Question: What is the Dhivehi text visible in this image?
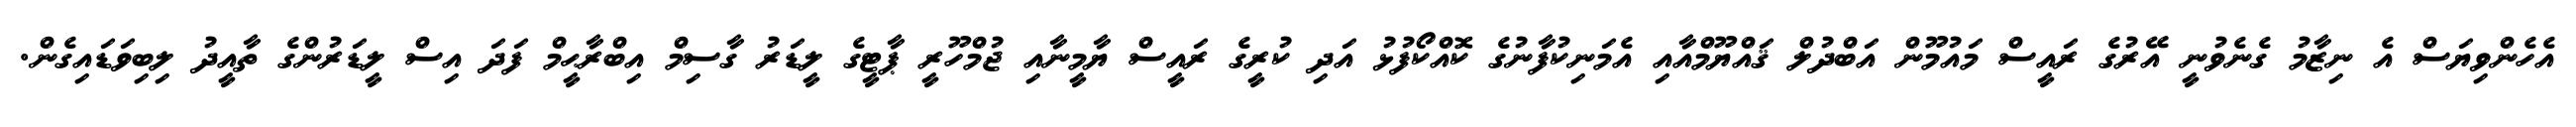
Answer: އެހެންވިޔަސް އެ ނިޒާމު ގެނެވުނީ އޭރުގެ ރައީސް މައުމޫން އަބްދުލް ޤައްޔޫމްއާއި އެމަނިކުފާނުގެ ކޮއްކޯފުޅު އަދި ކުރީގެ ރައީސް ޔާމީނާއި ޖުމްހޫރީ ޕާޓީގެ ލީޑަރު ގާސިމް އިބްރާޙީމް ފަދަ އިސް ލީޑަރުންގެ ތާއީދު ލިބިވަޑައިގެން.